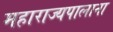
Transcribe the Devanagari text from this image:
महाराज्यपालाना